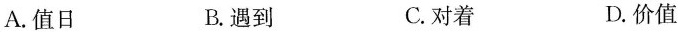
A.值日 B.遇到 C.对着 D.价值